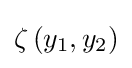
\zeta \left(y_{1},y_{2}\right)